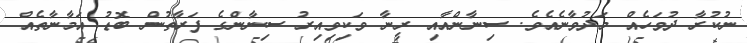
ނުކުރާ ދުވަހެއް މަދުވާނެއެވެ. ސިނާންއާއި ރީނާ ވަކިވިއިރު ސިނާންގެ ފަރާތުން ބޮޑު އަމާނާތެއް